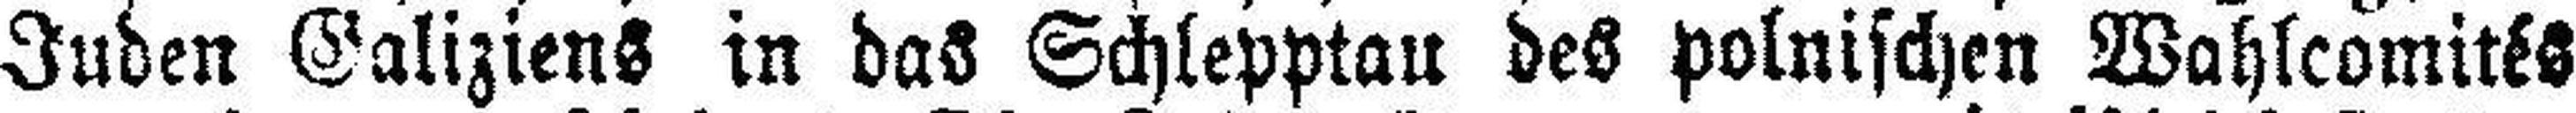
Juden Galiziens in das Schlepptau des polnischen Wahlcomités